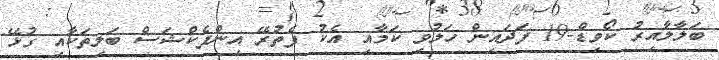
ބަލާލާއިރު ކޯވިޑް-19 ފަދައިން ހަލުވި ކަމާއި އެކު ފެތުރޭ އިންފެކްޝަސް ބަލިތަކާއި ގުޅޭ